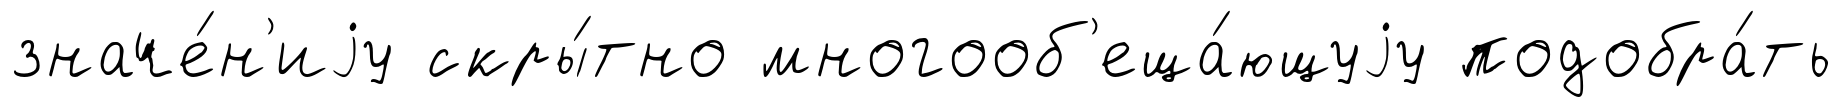
значе́н'иjу скры́тно многооб'еща́ющуjу подобра́ть